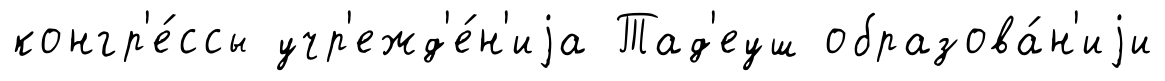
конгр'е́ссы учр'ежд'е́н'иjа Тад'еуш образова́н'иjи